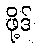
ဖို့ဒ်